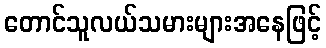
တောင်သူလယ်သမားများအနေဖြင့်